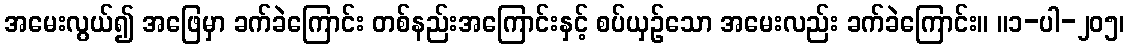
အမေးလွယ်၍ အဖြေမှာ ခက်ခဲကြောင်း တစ်နည်းအကြောင်းနှင့် စပ်ယှဉ်သော အမေးလည်း ခက်ခဲကြောင်း။ ။၁-ပါ-၂၀၅၊